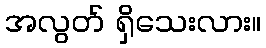
အလွတ် ရှိသေးလား။